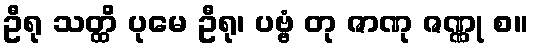
ဦရု သတ္ထိ ပုမေ ဦရု၊ ပဗ္ဗံ တု ဇာဏု ဇဏ္ဏု စ။